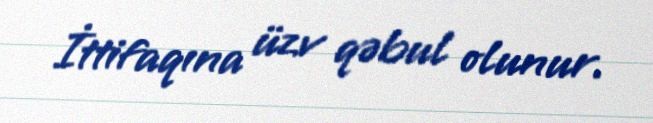
İttifaqına üzv qəbul olunur.